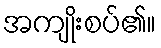
အကျိုးစပ်၏။